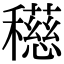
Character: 𥣓